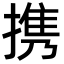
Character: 携